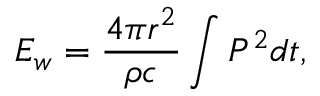
E _ { w } = \frac { 4 \pi r ^ { 2 } } { \rho c } \int P ^ { 2 } d t ,